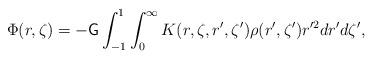
LaTeX: \begin{align*}\Phi(r,\zeta)=-\mathsf{G}\int_{-1}^1\int_0^{\infty}K(r,\zeta,r',\zeta')\rho(r',\zeta')r'^2dr'd\zeta',\end{align*}